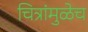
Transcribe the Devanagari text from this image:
चित्रांमुळेच